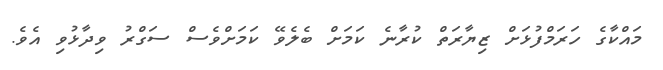
މައްކާގެ ހަރަމްފުޅަށް ޒިޔާރަތް ކުރާނެ ކަމަށް ބެލެވޭ ކަމަށްވެސް ސަގްރު ވިދާޅުވި އެވެ.